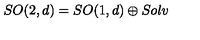
S O ( 2 , d ) = S O ( 1 , d ) \oplus S o l v